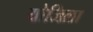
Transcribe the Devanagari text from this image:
योजिला